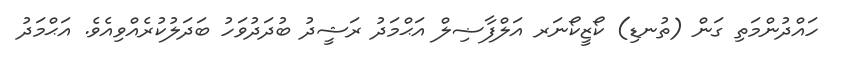
ހައްދުންމަތި ގަން (ތުނޑި) ކޯޒީކޯނަރ އަލްފާޟިލް އަޙްމަދު ރަޝީދު ބުދަދުވަހު ބަދަލުކުރެއްވިއެވެ. އަޙްމަދު